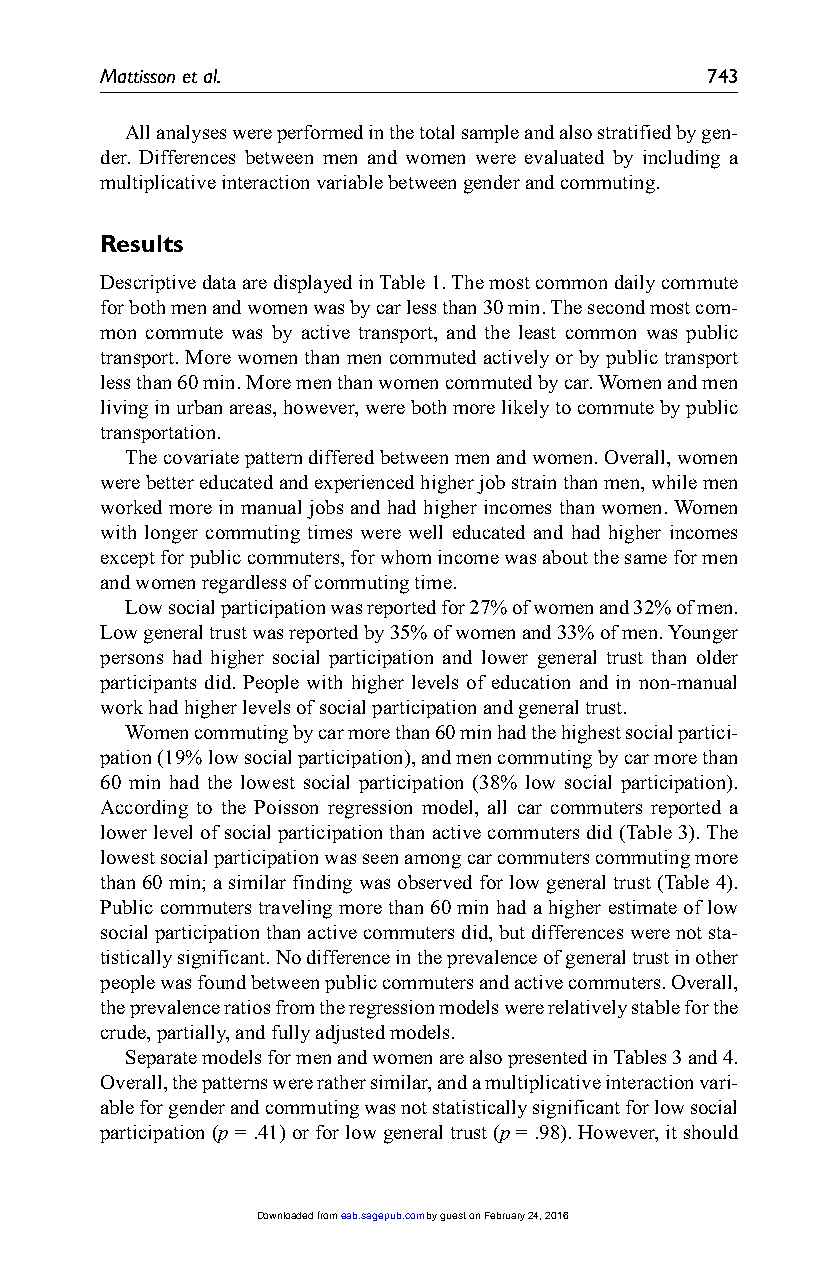
Mattisson et al.                        743
 All analyses were performed in the total sample and also stratified by gen-
 der. Differences between men and women were evaluated by including a
 multiplicative interaction variable between gender and commuting.
 Results
 Descriptive data are displayed in Table 1. The most common daily commute
 for both men and women was by car less than 30 min. The second most com-
 mon commute was by active transport, and the least common was public
 transport. More women than men commuted actively or by public transport
 less than 60 min. More men than women commuted by car. Women and men
 living in urban areas, however, were both more likely to commute by public
 transportation.
 The covariate pattern differed between men and women. Overall, women
 were better educated and experienced higher job strain than men, while men
 worked more in manual jobs and had higher incomes than women. Women
 with longer commuting times were well educated and had higher incomes
 except for public commuters, for whom income was about the same for men
 and women regardless of commuting time.
 Low social participation was reported for 27% of women and 32% of men.
 Low general trust was reported by 35% of women and 33% of men. Younger
 persons had higher social participation and lower general trust than older
 participants did. People with higher levels of education and in non-manual
 work had higher levels of social participation and general trust.
 Women commuting by car more than 60 min had the highest social partici-
 pation (19% low social participation), and men commuting by car more than
 60 min had the lowest social participation (38% low social participation).
 According to the Poisson regression model, all car commuters reported a
 lower level of social participation than active commuters did (Table 3). The
 lowest social participation was seen among car commuters commuting more
 than 60 min; a similar finding was observed for low general trust (Table 4).
 Public commuters traveling more than 60 min had a higher estimate of low
 social participation than active commuters did, but differences were not sta-
 tistically significant. No difference in the prevalence of general trust in other
 people was found between public commuters and active commuters. Overall,
 the prevalence ratios from the regression models were relatively stable for the
 crude, partially, and fully adjusted models.
 Separate models for men and women are also presented in Tables 3 and 4.
 Overall, the patterns were rather similar, and a multiplicative interaction vari-
 able for gender and commuting was not statistically significant for low social
 participation (p = .41) or for low general trust (p = .98). However, it should
 Downloaded from eab.sagepub.com by guest on February 24, 2016